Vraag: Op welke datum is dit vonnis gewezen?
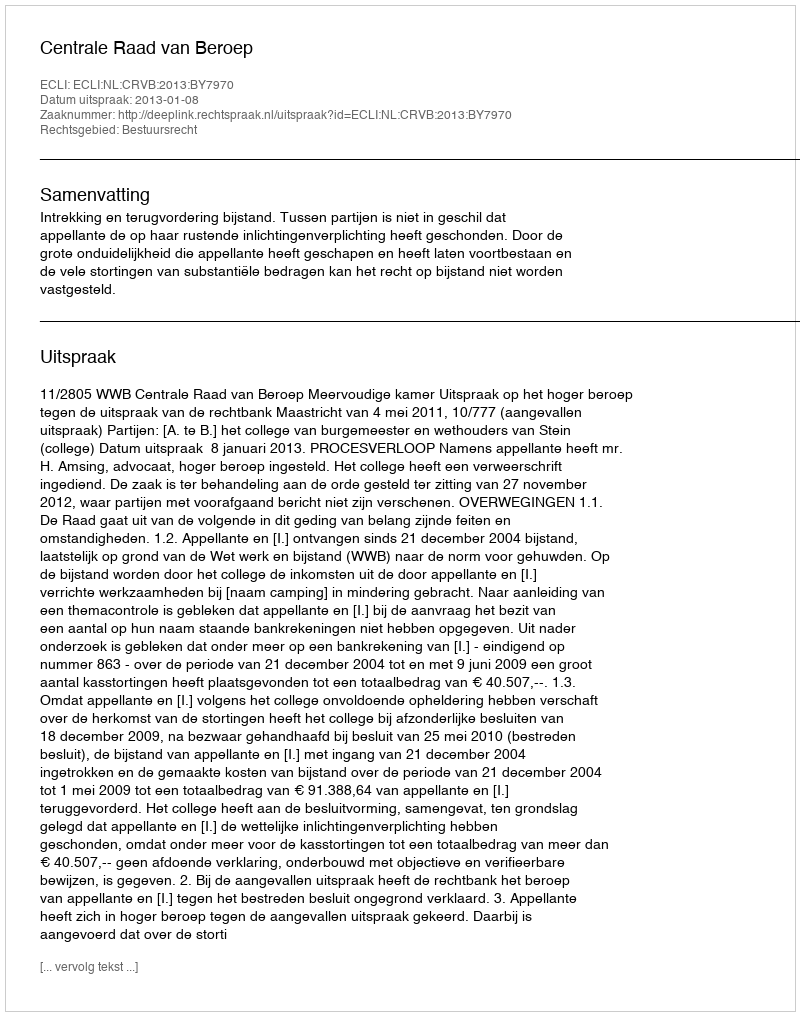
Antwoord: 2013-01-08